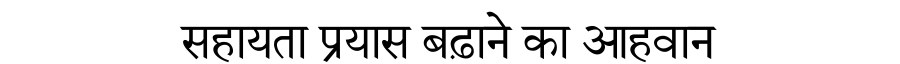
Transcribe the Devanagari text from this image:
सहायता प्रयास बढ़ाने का आहवान